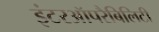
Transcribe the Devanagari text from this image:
इंटरऑपरैबिलिटी